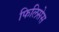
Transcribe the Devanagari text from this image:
फिलिसेस